Report on vaccination in Madras 1922-1929 - 1922-1929
Year: 1922
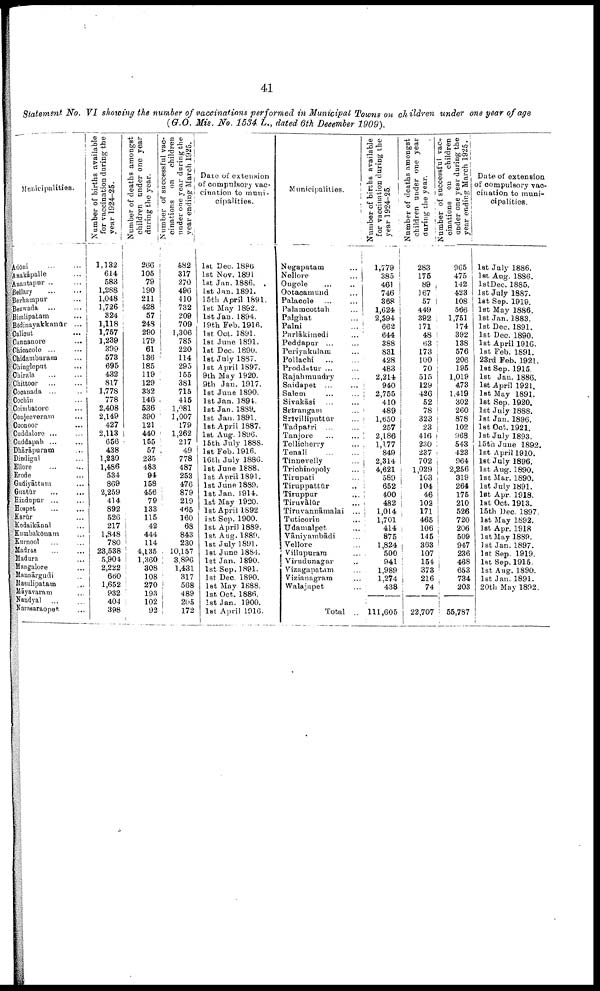
41
Statement No. VI showing the number of vaccinations performed in Municipal Towns on children under one year of age
(G.O. Mis. No. 1534 L., dated 6th December 1909).
Municipalities.
Adōni
... ...
Anakāpalle ...
Anantapur .. ...
Bellary
...
...
Berhampur ...
Bezwada ... ...
Bimlipatam ...
Bōdinayakkanūr ...
Calicut ...
Cannanore ...
Chicacole ... ...
Chidambaram ...
Chingleput ...
Chirala
...
...
Chittoor ... ...
Cocanada ... ...
Cochin ...
Coimbatore ...
Conjeeveram ...
Coonoor ...
Cuddalore ... ...
Cuddapah ... ...
Dhārāpuram ...
Dindigul ...
Ellore
...
...
Erode ...
Gudiyāttam ...
Guntūr
... ...
Hindupur ... ...
Hospet ... ...
Karūr ...
Kodaikānal ...
Kumbakōnam ...
Kurnool ... ...
Madras ... ...
Madura ...
Mangalore ...
Mannārgudi ...
Masulipatam
...
Māyavaram ...
Nandyal ... ...
Narasaraopet ...
Number of births available
for vaccination during the
year 1924-25.
1,132
614
583
1,288
1,048
1,726
324
1,118
1,757
1,239
399
573
695
432
817
1,778
778
2,408
2,149
427
2,113
656
438
1,230
1,486
534
869
2,259
414
892
526
217
1,848
780
23,538
5,904
2,222
660
1,652
932
404
398
Number of deaths amongst
children under one year
during the year.
266
105 79
190
211
428
57
248
290
179
61
136
185
119
129
332
146
536
390
121
440
155
57
235
483
94
158
456
79
133
115
42
444
114
4,135
1,360
308
108
270
193
102
92
Number of successful vac¬
cinations on
children
under one year during the
year ending March 1925.
582
317
270
496
410
732
209
709
1,306
785
220
114
295
155
381
715
415
1,081
1,007
179
1,262
217
49
778
487
253
476
879
219
465
160
68
843
230
10,157
3,896
1,431
317
568
489
205
172
Date of extension
of compulsory vac
cination to muni
cipalities.
1st Dec. 1886
1st Nov. 1891
1st Jan. 1886.
1st Jan. 1891.
15th April 1891.
1st May 1892.
1st Jan. 1894.
19th Feb. 1916.
1st Oct. 1891.
1st June 1891.
1st Dec. 1890.
1st July 1887.
1st April 1897.
9th May 1920.
9th Jan. 1917.
1st June 1890.
1st Jan. 1894.
1st Jan. 1889.
1st Jan. 1891.
1st April 1887.
1st Aug. 1896.
15th July 1888.
1st Feb. 1916.
16th July 1886.
1st June 1888.
1st Apri1 1891.
1st June 1889.
1st Jan. 1914.
1st May 1920.
1st April 1892.
1st Sep. 1900.
1st April 1889.
1st Aug. 1889.
1st July 1891.
1st June 1884.
1st Jan. 1890.
1st Sep. 1891.
1st Dec. 1890.
1st May 1888.
1st Oct. 1886.
1st Jan. 1900.
1st April 1916.
Municipalities.
Negapatam ...
Nellore ...
Ongole ... ...
Ootacamund ...
Palacole
...
...
Palamcottah ...
Palghat ...
Palni ...
Parlākimedi ...
Peddapur ... ...
Periyakulam ...
Pollachi
...
...
Proddatur ... ...
Rajahmundry ...
Saidapet ... ...
Salem ... ...
Sivakāsi ... ...
Srīrangam ... ...
Srīvilliputtūr ...
Tadpatri ... ...
Tanjore ... ...
Tellicherry ...
Tenali
...
...
Tinnevelly ...
Trichinopoly ...
Tirupati ...
Tiruppattūr ...
Tiruppur ...
Tiruvālūr ...
Tiruvannāmalai ...
Tuticorin ...
Udamalpet ...
Vāniyambādi ...
Vellore ...
Villupuram ...
Virudunagar ...
Vizagapatam ...
Vizianagram ...
Walajapet ...
Total ..
Number of births available
for vaccination during the
year 1924-25.
1,779
385
461
746
368
1,624
2,594
662
644
388
831
428
483
2,214
940
2,755
410
489
1,650
257
2,186
1,177
849
2,314
4,621
589
652
400
482
1,014
1,701
414
875
1,824
500
941
1,989
1,274
438
111,605
Number of deaths amongst
children under one year
during the year.
283
175
89
167
57
449
392
171
48
63
173
100
70
515
129
426
52
78
323
23
416
230
237
702
1,029
103
104
46
102
171
465
106
145
363
107
154
373
216
74
22,707
Number of successful vac¬
cinations on
children
under one year during the
year ending March 1925.
965
475
142
423
108
566
1,751
174
392
138
576
206
195
1,019
473
1,419
302
260
878
102
968
543
423
964
2,256
319
264
175
210
526
720
206
509
947
236
468
653
734
203
55,787
Date of extension
of compulsory vac¬
cination to muni
cipalities.
1st July 1886.
1st Aug. 1886.
1st Dec. 1885.
1st July 1887.
1st Sep. 1919.
1st May 1886.
1st Jan.1883.
1st Dec. 1891.
1st Dec. 1890.
1st April 1916.
1st Feb. 1891.
23rd Feb. 1921.
1st Sep. 1915.
1st Jan. 1886.
1st April 1921.
1st May 1891.
1st Sep. 1920.
1st July 1888.
1st Jan. 1896.
1st Oct. 1921.
1st July 1893.
15th June 1892.
1st April 1910.
1st July 1896.
1st Aug. 1890.
1st Mar. 1890.
1st Ju1y 1891.
1st Apr. 1918.
1st Oct. 1913.
15th Dec. 1897.
1st May 1892.
1st Apr. 1918
1st May 1889.
1st Jan. 1897.
1st Sep. 1919.
1st Sep. 1915.
1st Aug. 1890.
1st Jan. 1891.
20th May 1892.